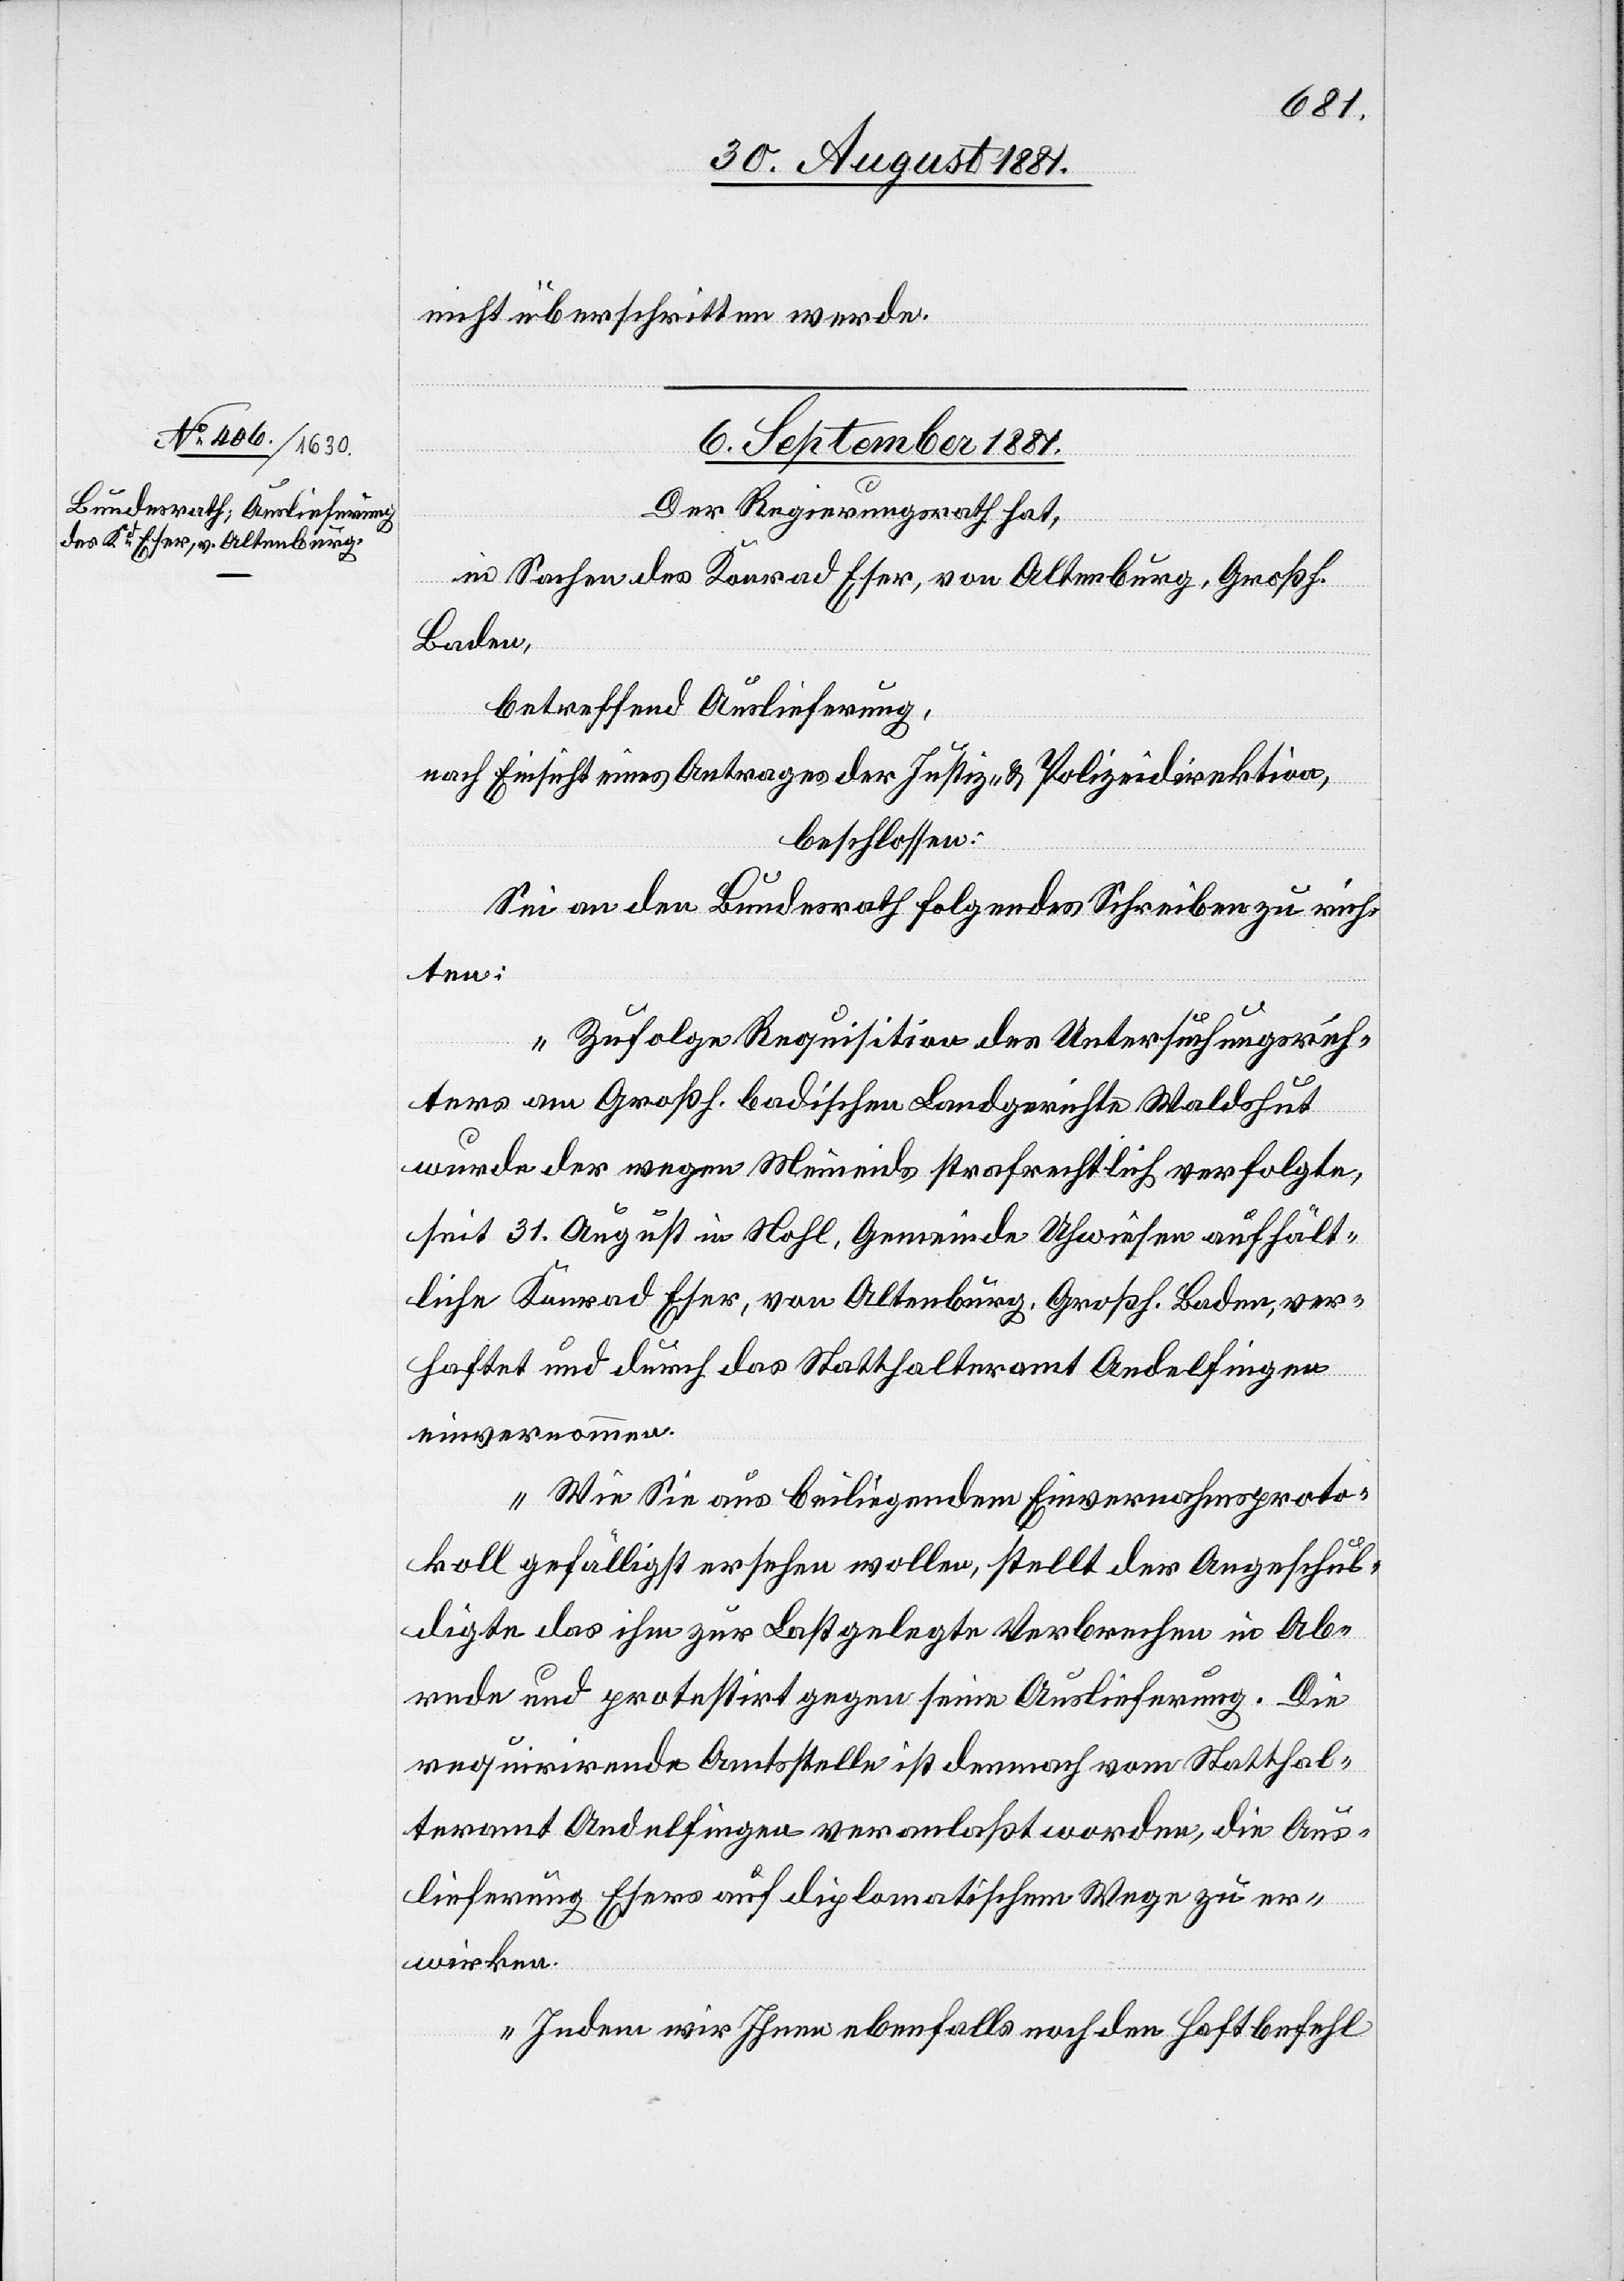
nicht überschritten werde.
6. September 1881.
Der Regierungsrath hat,
in Sachen des Konrad Eser, von Altenburg, Großh.
Baden,
betreffend Auslieferung,
nach Einsicht eines Antrages der Justiz- & Polizeidirektion,
beschlossen:
Sei an den Bundesrath folgendes Schreiben zu rich¬
ten:
„Zufolge Requisition des Untersuchungsrich¬
ters am Großh. badischen Landgerichte Waldshut
wurde der wegen Meineids strafrechtlich verfolgte
seit 31. August in Nohl, Gemeinde Uhwiesen aufhält¬
liche Konrad Eser, von Altenburg, Großh. Baden, ver¬
haftet und durch das Statthalteramt Andelfingen
einvernommen.
Wie Sie aus beiliegendem Einvernahmsproto¬
koll gefälligst ersehen wollen, stellt der Angeschul¬
digte das ihm zur Last gelegte Verbrechen in Ab¬
rede und protestirt gegen seine Auslieferung. Die
requirirende Amtsstelle ist demnach vom Statthal¬
teramt Andelfingen veranlaßt worden, die Aus¬
lieferung Esers auf diplomatischem Wege zu er¬
wirken.
Indem wir Ihnen ebenfalls noch den Haftbefehl